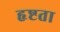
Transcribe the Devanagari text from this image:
हृष्टता